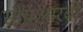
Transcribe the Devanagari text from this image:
सीयूआरबी